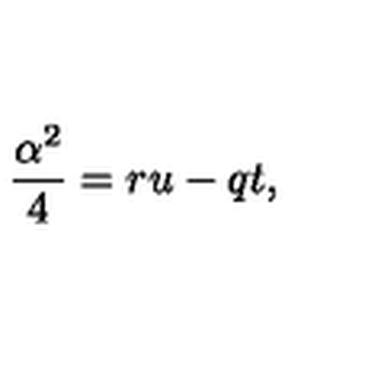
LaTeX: \frac { \alpha ^ { 2 } } { 4 } = r u - q t ,